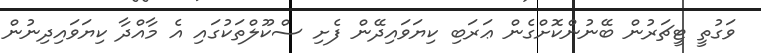
ވަގުތީ ޓީޗަރުން ބޭނުންކޮށްގެން ޢަރަބި ކިޔަވައިދޭން ފެށި ސްކޫލްތަކުގައި އެ މާއްދާ ކިޔަވައިދިނުން